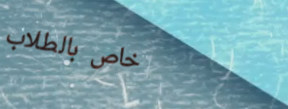
خاص بالطلاب